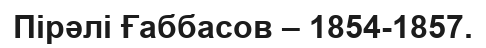
Пірәлі Ғаббасов – 1854-1857.